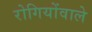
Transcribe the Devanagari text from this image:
रोगियोंवाले